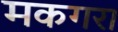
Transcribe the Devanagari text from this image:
मकगरा